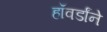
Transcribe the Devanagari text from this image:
हॉवर्डांने